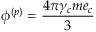
\phi ^ { ( p ) } = \frac { 4 \pi \gamma _ { c } m e _ { c } } { 3 }